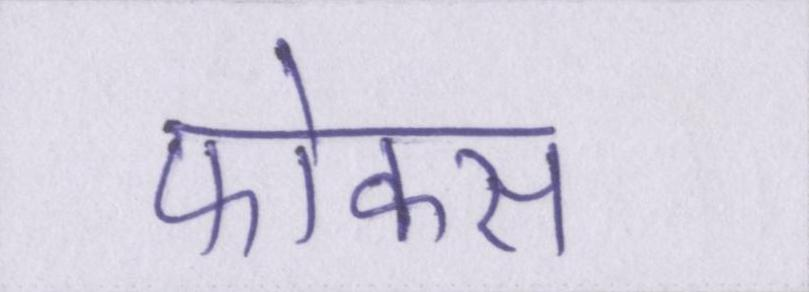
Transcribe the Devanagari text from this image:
फोकस